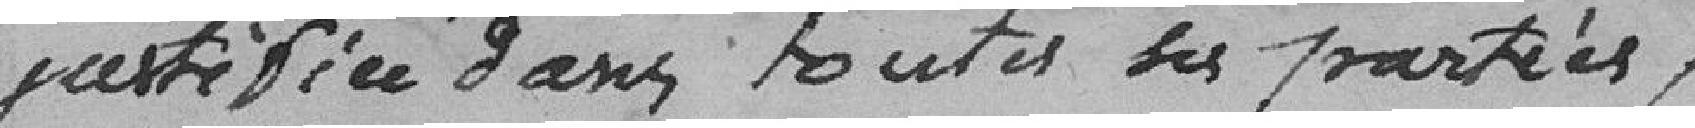
justifiée dans toutes les parties,